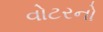
વોટરનો